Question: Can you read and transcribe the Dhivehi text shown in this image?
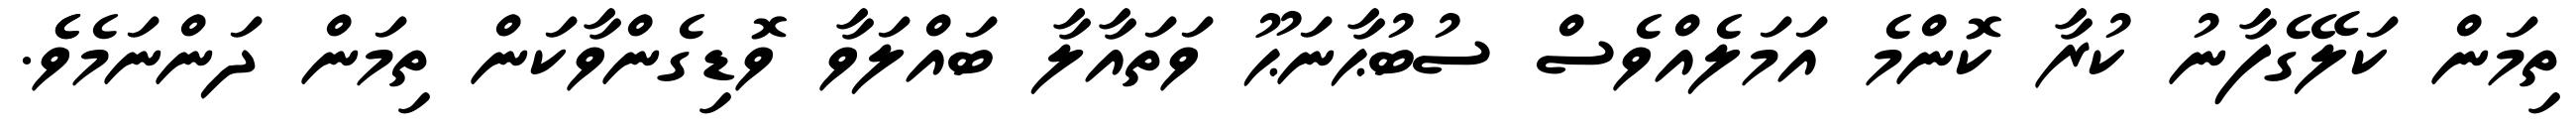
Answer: ތިމަން ކަލޭގެފާނު ކުރާ ކޮންމެ އަމަލެއްވެސް ސުބުޙާނަޙޫ ވަތައާލާ ބައްލަވާ ވޮޑިގެންވާކަން ތިމަން ދަންނަމެވެެ.